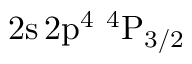
\mathrm { 2 s \, 2 p ^ { 4 } ~ ^ { 4 } P _ { 3 / 2 } }